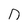
Character: D